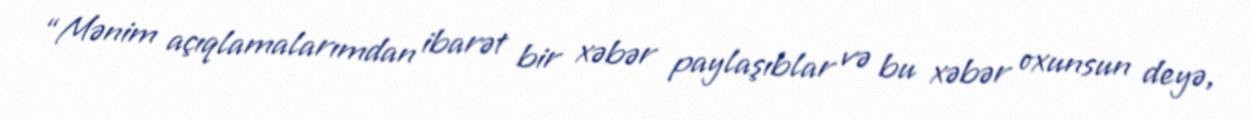
“Mənim açıqlamalarımdan ibarət bir xəbər paylaşıblar və bu xəbər oxunsun deyə,